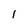
Character: l